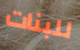
للبنات